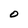
Character: 0